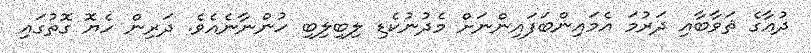
ދުޢާގެ ޘަވާބާއި ދަރުމަ އެމައިންބަފައިންނަށް މެދުނުކެޑި ލިބިލިބި ހުންނާނެއެވެ. ދަރިން ހެޔޮ ގޮތުގައި